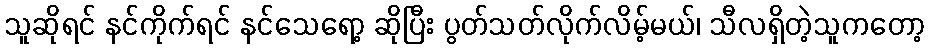
သူဆိုရင် နင်ကိုက်ရင် နင်သေရော့ ဆိုပြီး ပွတ်သတ်လိုက်လိမ့်မယ်၊ သီလရှိတဲ့သူကတော့